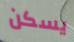
يسكن